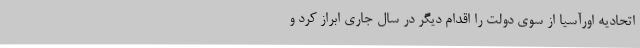
اتحادیه اورآسیا از سوی دولت را اقدام دیگر در سال جاری ابراز کرد و